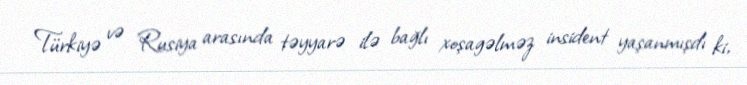
Türkiyə və Rusiya arasında təyyarə ilə bağlı xoşagəlməz insident yaşanmışdı ki,